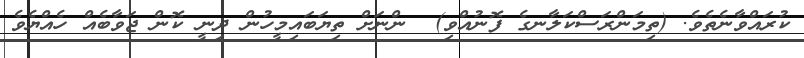
ކުރައްވާނެތެވެ. (ތިމަންރަސްކަލާނގެ ފޮނުއްވި)  ންނަށް ތިޔަބައިމީހުން ދިނީ ކޮން ޖަވާބެއް ހެއްޔެވެ